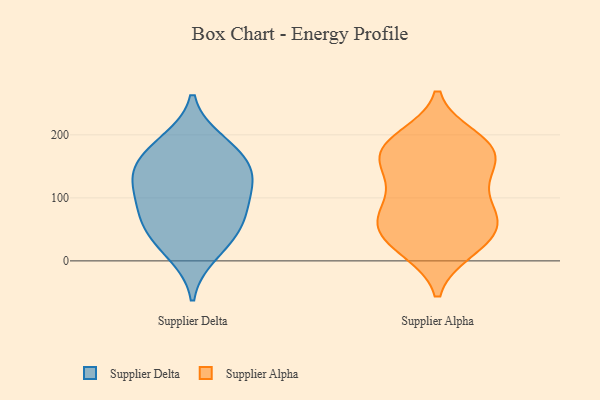
{"axis": {"x": "Gross Profit (USD K)", "y": "Value"}, "legend": ["Supplier Alpha", "Supplier Delta"], "data": [{"x": "", "y": 125, "type": "Supplier Delta"}, {"x": "", "y": 70, "type": "Supplier Delta"}, {"x": "", "y": 11, "type": "Supplier Delta"}, {"x": "", "y": 159, "type": "Supplier Delta"}, {"x": "", "y": 178, "type": "Supplier Delta"}, {"x": "", "y": 105, "type": "Supplier Delta"}, {"x": "", "y": 140, "type": "Supplier Delta"}, {"x": "", "y": 35, "type": "Supplier Delta"}, {"x": "", "y": 54, "type": "Supplier Delta"}, {"x": "", "y": 189, "type": "Supplier Delta"}, {"x": "", "y": 132, "type": "Supplier Delta"}, {"x": "", "y": 77, "type": "Supplier Delta"}, {"x": "", "y": 64, "type": "Supplier Alpha"}, {"x": "", "y": 29, "type": "Supplier Alpha"}, {"x": "", "y": 132, "type": "Supplier Alpha"}, {"x": "", "y": 45, "type": "Supplier Alpha"}, {"x": "", "y": 81, "type": "Supplier Alpha"}, {"x": "", "y": 195, "type": "Supplier Alpha"}, {"x": "", "y": 169, "type": "Supplier Alpha"}, {"x": "", "y": 167, "type": "Supplier Alpha"}, {"x": "", "y": 188, "type": "Supplier Alpha"}, {"x": "", "y": 17, "type": "Supplier Alpha"}, {"x": "", "y": 65, "type": "Supplier Alpha"}, {"x": "", "y": 17, "type": "Supplier Alpha"}, {"x": "", "y": 185, "type": "Supplier Alpha"}, {"x": "", "y": 103, "type": "Supplier Alpha"}, {"x": "", "y": 177, "type": "Supplier Alpha"}, {"x": "", "y": 130, "type": "Supplier Alpha"}, {"x": "", "y": 155, "type": "Supplier Alpha"}, {"x": "", "y": 70, "type": "Supplier Alpha"}, {"x": "", "y": 55, "type": "Supplier Alpha"}]}